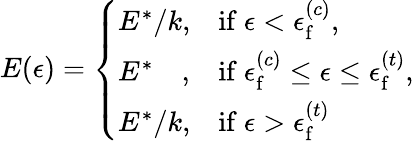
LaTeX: E(\epsilon)=\left\{ \begin{array}{ll}{E^{*}/k,}&{\mathrm{if~}\epsilon<\epsilon_{\mathrm{f}}^{(c)},}\\ {E^{*}{\, \, \, \, \, \, },}&{\mathrm{if~}\epsilon_{\mathrm{f}}^{(c)}\leq\epsilon\leq\epsilon_{\mathrm{f}}^{(t)},}\\ {E^{*}/k,}&{\mathrm{if~}\epsilon>\epsilon_{\mathrm{f}}^{(t)}}\end{array}\right.